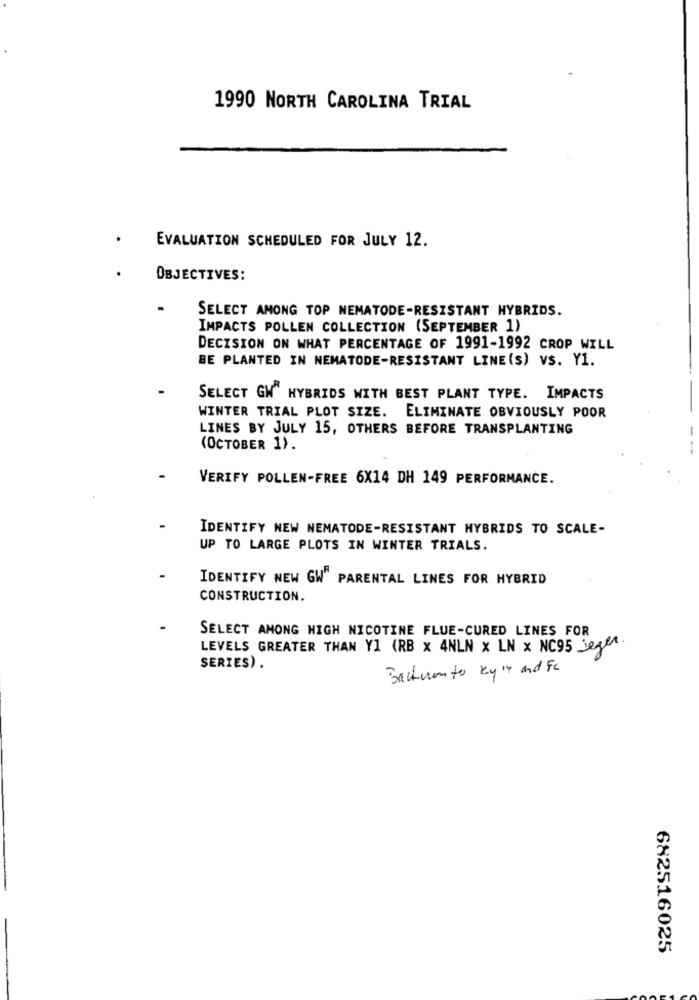
1990 NORTH CAROLINA TRIAL
EVALUATION SCHEDULED FOR JULY 12.
OBJECTIVES:
SELECT AMONG TOP NEMATODE-RESISTANT HYBRIDS.
IMPACTS POLLEN COLLECTION (SEPTEMBER 1)
DECISION ON WHAT PERCENTAGE OF 1991-1992 CROP WILL
BE PLANTED IN NEMATODE-RESISTANT LINE(S) VS. Y1.
SELECT GW" HYBRIDS WITH BEST PLANT TYPE. IMPACTS
WINTER TRIAL PLOT SIZE. ELIMINATE OBVIOUSLY POOR
LINES BY JULY 15, OTHERS BEFORE TRANSPLANTING
(OCTOBER 1).
VERIFY POLLEN-FREE 6X14 DH 149 PERFORMANCE.
IDENTIFY NEW NEMATODE-RESISTANT HYBRIDS TO SCALE-
UP TO LARGE PLOTS IN WINTER TRIALS.
IDENTIFY NEW GW" PARENTAL LINES FOR HYBRID
CONSTRUCTION.
SELECT AMONG HIGH NICOTINE FLUE-CURED LINES FOR
LEVELS GREATER THAN Y1 (RB x 4NLN x LN x NC95 Jeger.
SERIES) .
Sachen to byly and Fc
682516025